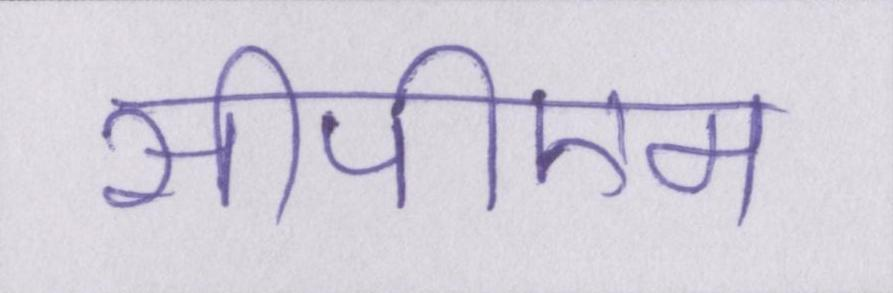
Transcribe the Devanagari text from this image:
सीपीएम